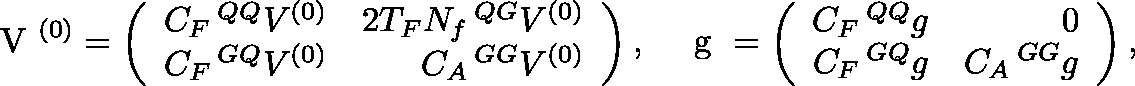
\mathrm { \boldmath ~ V ~ } ^ { ( 0 ) } = \left( \begin{array} { r r } { { C _ { F } \, { ^ { Q Q } V ^ { ( 0 ) } } } } & { { 2 T _ { F } N _ { f } \, { ^ { Q G } V ^ { ( 0 ) } } } } \\ { { C _ { F } \, { ^ { G Q } V ^ { ( 0 ) } } } } & { { C _ { A } \, { ^ { G G } V ^ { ( 0 ) } } } } \end{array} \right) , \quad \mathrm { \boldmath ~ g ~ } = \left( \begin{array} { r r } { { C _ { F } \, { ^ { Q Q } g } } } & { { 0 } } \\ { { C _ { F } \, { ^ { G Q } g } } } & { { C _ { A } \, { ^ { G G } g } } } \end{array} \right) ,